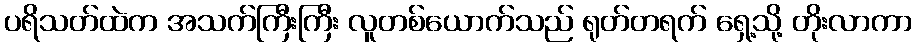
ပရိသတ်ထဲက အသက်ကြီးကြီး လူတစ်ယောက်သည် ရုတ်တရက် ရှေ့သို့ တိုးလာကာ